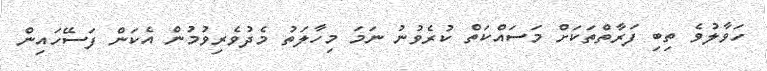
ހަވާލުވެ ތިބި ފަރާތްތަކަށް މަސައްކަތް ކުރެވުނު ނަމަ މިހާލަތު މެދުވެރިވުމުން އެކަން ފަސޭހައިން